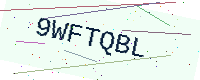
Text: 9WFTQBL